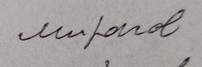
Signature authenticity: forged